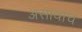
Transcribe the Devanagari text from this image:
असावाच